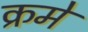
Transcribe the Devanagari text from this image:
क्रमे